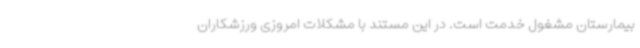
بیمارستان مشغول خدمت است. در این مستند با مشکلات امروزی ورزشکاران